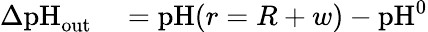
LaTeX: \begin{array}{rl}{\Delta\textrm{pH}_{\textrm{out}}}&{{}=\textrm{pH}(r=R+w)-\textrm{pH}^{0}}\end{array}